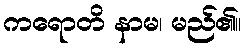
ကရောတိ နာမ၊ မည်၏။